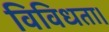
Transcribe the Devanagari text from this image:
विविधता।